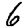
Digit: 6